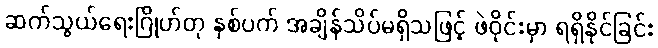
ဆက်သွယ်ရေးဂြိုဟ်တု နှစ်ပက် အချိန်သိပ်မရှိသဖြင့် ဖဲဝိုင်းမှာ ရရှိနိုင်ခြင်း